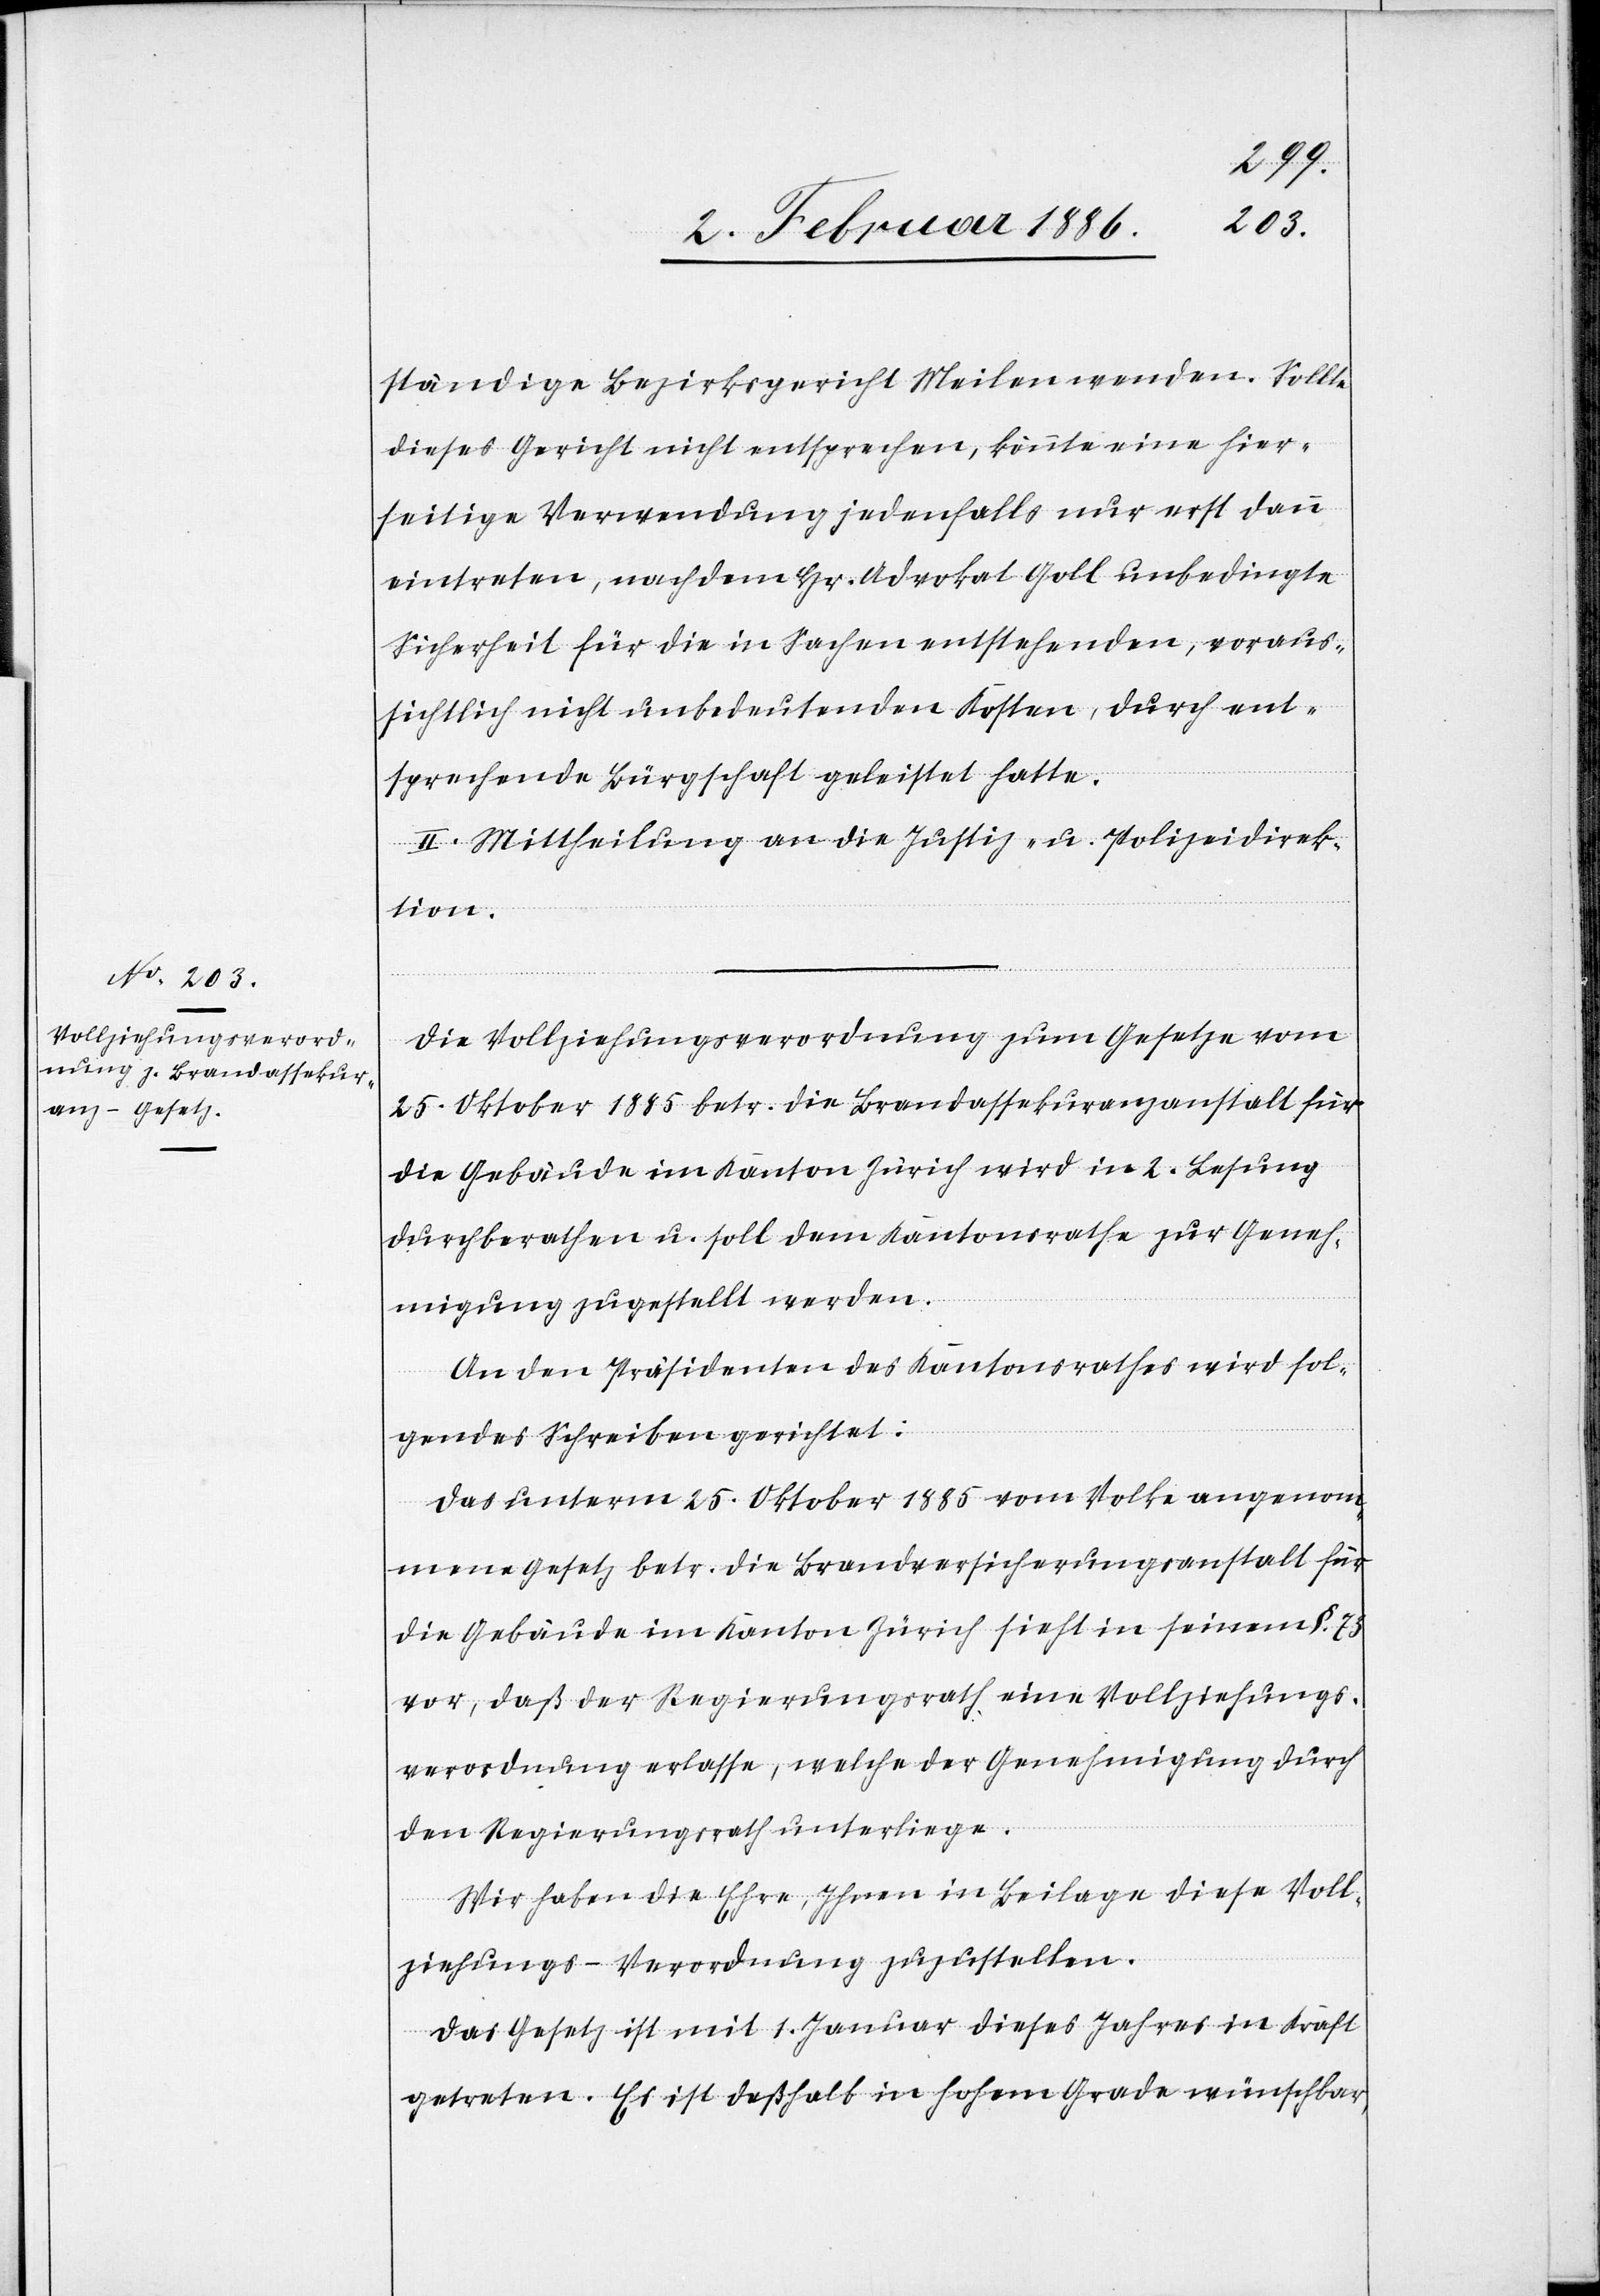
ständige Bezirksgericht Meilen wenden. Sollte
dieses Gericht nicht entsprechen, könnte eine hier¬
seitige Verwendung jedenfalls nur erst dann
eintreten, nachdem Hr. Advokat Goll unbedingte
Sicherheit für die in Sachen entstehenden, voraus¬
sichtlich nicht unbedeutenden Kosten, durch ent¬
sprechende Bürgschaft geleistet hatte.
II. Mittheilung an die Justiz.- u. Polizeidirek¬
tion.
Die Vollziehungsverordnung zum Gesetze vom
25. Oktober 1885 betr. die Brandassekuranzanstalt für
die Gebäude im Kanton Zürich wird in 2. Lesung
durchberathen u. soll dem Kantonsrathe zur Geneh¬
migung zugestellt werden.
An den Präsidenten des Kantonsrathes wird fol¬
gendes Schreiben gerichtet:
Das unterm 25. Oktober 1885 vom Volke angenom¬
mene Gesetz betr. die Brandversicherungsanstalt für
die Gebäude im Kanton Zürich sieht in seinem §. 73
vor, daß der Regierungsrath eine Vollziehungs¬
verordnung erlasse, welche der Genehmigung durch
den Regierungsrath unterliege.
Wir haben die Ehre, Ihnen in Beilage diese Voll¬
ziehungs-Verordnung zuzustellen.
Das Gesetz ist mit 1. Januar dieses Jahres in Kraft
getreten. Es ist deßhalb in hohem Grade wünschbar,